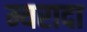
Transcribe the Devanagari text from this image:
म्यरादा